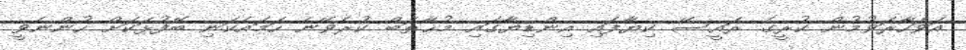
އަވަހާރަވުމުން ކުރީގެ ރައީސޭ ކިޔާފައި އިންޑިޔާގައި މުޚާޠަބް ކުރެވޭނެ ހަމައެކަނި ބޭފުޅަކަށް ހުންނެވީ